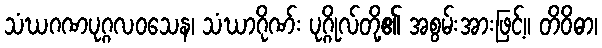
သံဃဂဏပုဂ္ဂလဝသေန၊ သံဃာဂိုဏ်း ပုဂ္ဂိုလ်တို့၏ အစွမ်းအားဖြင့်။ တိဝိဓာ၊